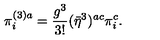
\pi _ { i } ^ { ( 3 ) a } = \frac { g ^ { 3 } } { 3 ! } ( \bar { \eta } ^ { 3 } ) ^ { a c } \pi _ { i } ^ { c } .